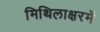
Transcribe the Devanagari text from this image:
मिथिलाक्षरमें